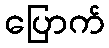
ပြောက်